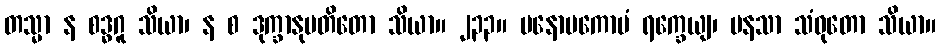
တသ္မာ န စဒ္ဓဂူ သိယာ၊ န စ ဒုက္ခာနုပတိတော သိယာ။ ၂၃၃။ မနောပကောပံ ရက္ခေယျ၊ မနသာ သံဝုတော သိယာ။